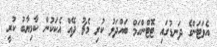
އެވަޓަންގެ ދަނޑުގައި ޓޮޓްންހަމް ބައްދަލު ކުރި މެޗު ދޭއް އެކަކުން ކާމިޔާބު ކުރީ